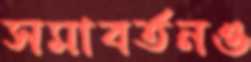
সমাবর্তনও